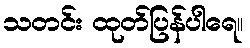
သတင်း ထုတ်ပြန်ပါရေ။